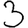
Digit: 3